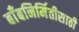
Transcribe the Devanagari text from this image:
बाँबनिर्मितीसाठी